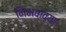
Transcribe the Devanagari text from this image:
निभवाव्या